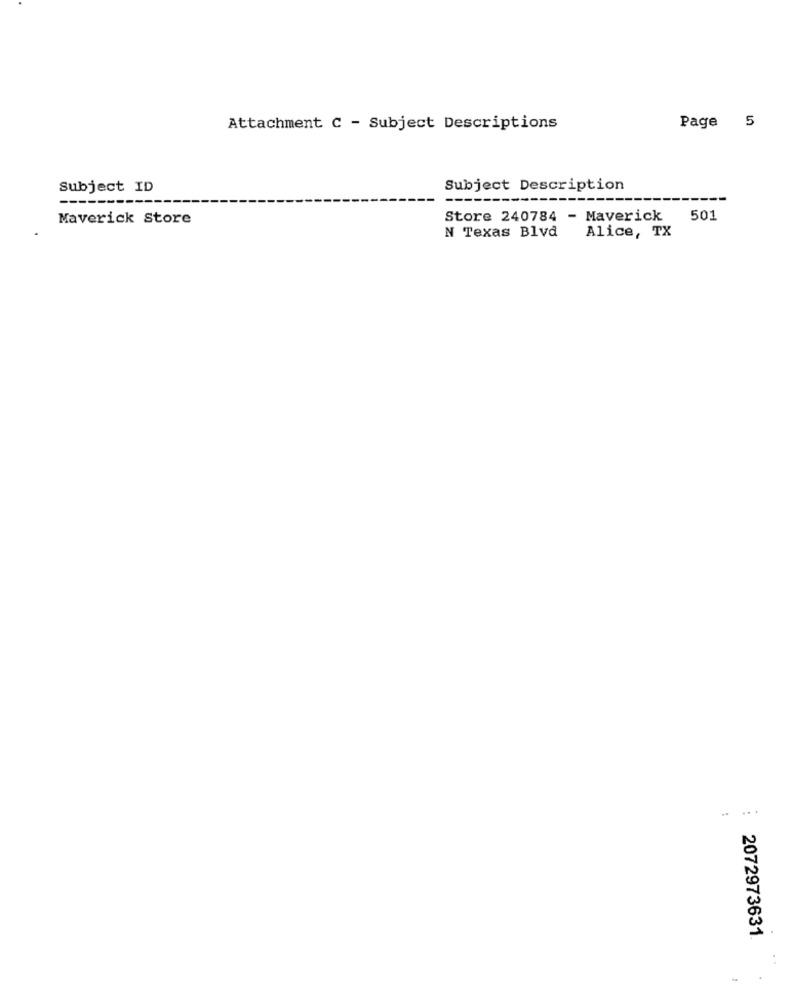
Attachment C - Subject Descriptions
Page 5
Subject ID
Subject Description
--------
Maverick Store
Store 240784 - Maverick 501
Alice, TX
N Texas Blvd
... .
2072973631